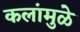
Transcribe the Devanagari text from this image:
कलांमुळे